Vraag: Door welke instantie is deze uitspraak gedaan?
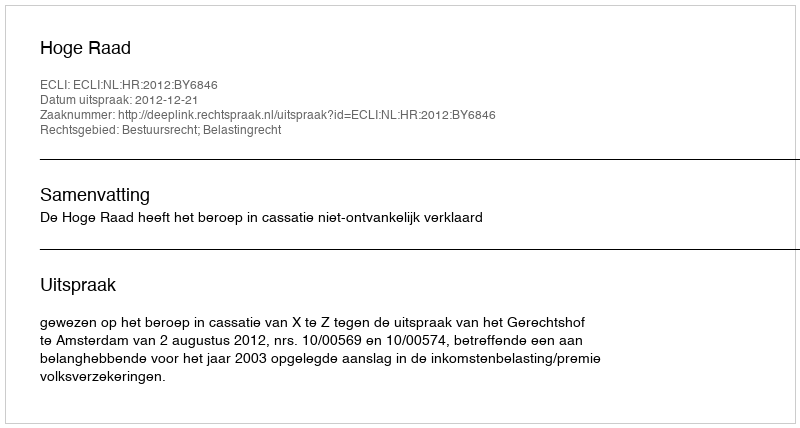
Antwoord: Hoge Raad